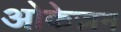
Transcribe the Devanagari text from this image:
ओकेज़न